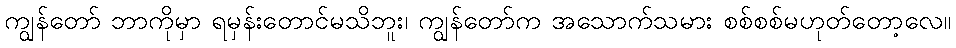
ကျွန်တော် ဘာကိုမှာ ရမှန်းတောင်မသိဘူး၊ ကျွန်တော်က အသောက်သမား စစ်စစ်မဟုတ်တော့လေ။